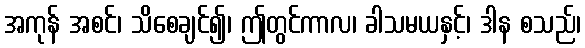
အကုန် အစင်၊ သိစေချင်၍၊ ဤတွင်ကာလ၊ ခါသမယနှင့်၊ ဒါန စသည်၊